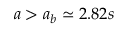
a > a _ { b } \simeq 2 . 8 2 s